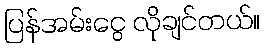
ပြန်အမ်းငွေ လိုချင်တယ်။